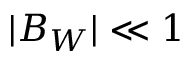
| B _ { W } | \ll 1